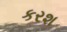
કરશ